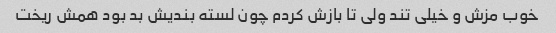
خوب مزش و خیلی تند ولی تا بازش کردم چون لسته بندیش بد بود همش ریخت